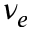
\nu _ { e }